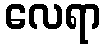
လေရာ